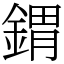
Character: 𨩋